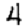
Digit: 4